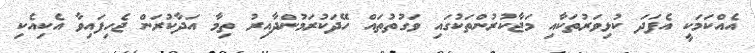
އެއްކަމަކީ އެފަދަ ކުޅިވަރުތަކާއި މަޖާކުރުންތަކުގައި ވަގުތުތައް ހޭދަކުރަމުންދާއިރު ތިމާ އަދާކުރަން ޖެހިފައިވާ އެކިއެކި